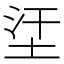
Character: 𡊺